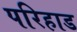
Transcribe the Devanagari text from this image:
परिहाड